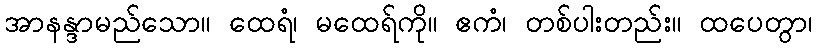
အာနန္ဒာမည်သော။ ထေရံ၊ မထေရ်ကို။ ဧကံ၊ တစ်ပါးတည်း။ ထပေတွာ၊